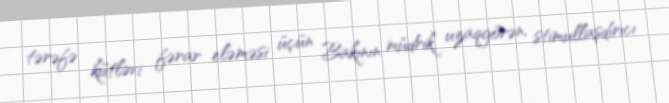
tərəfə kütləvi fərar eləməsi üçün Bakının müdrik, uzaqgörən, stimullaşdırıcı